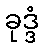
ခုဒ္ဒံ